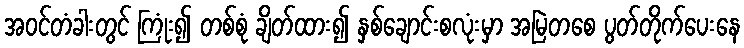
အဝင်တံခါးတွင် ကြုံး၍ တစ်စုံ ချိတ်ထား၍ နှစ်ချောင်းစလုံးမှာ အမြဲတစေ ပွတ်တိုက်ပေးနေ